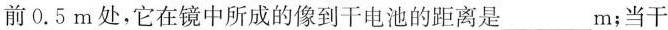
前0.5m处，它在镜中所成的像到干电池的距离是___m；当干